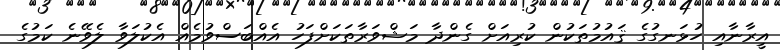
އީރާނާއި ހުޅަނގުގެ ޤައުމުތަކުން ކުރިއަށް ގެންދާ މަޝްވަރާތަކަށްފަހު އެއްބަސްވުމެއް އެކުލަވާ ލެވޭނެ ކަމުގެ